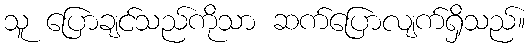
သူ ပြောချင်သည်ကိုသာ ဆက်ပြောလျက်ရှိသည်။